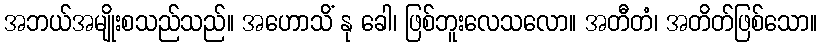
အဘယ်အမျိုးစသည်သည်။ အဟောသိံ နု ခေါ၊ ဖြစ်ဘူးလေသလော။ အတီတံ၊ အတိတ်ဖြစ်သော။